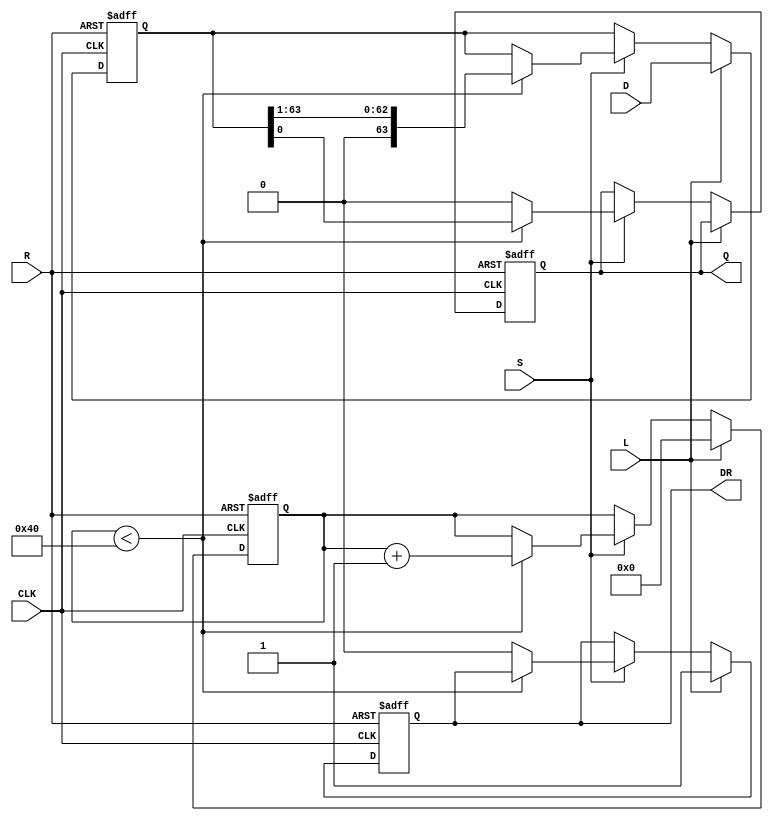
module PISO_Register (
    input wire [63:0] D,          // 64-bit data input
    input wire L,                 // Load signal
    input wire CLK,               // Clock signal
    input wire S,                 // Shift signal
    input wire R,                 // Reset signal
    output reg Q,                 // Serial output
    output reg DR                 // Data ready signal
);

    reg [63:0] SR;                // Shift Register
    reg [5:0] count;              // 6-bit counter to track bits shifted out

    always @(posedge CLK or posedge R) begin
        if (R) begin
            // Reset condition
            SR <= 64'b0;          // Clear the shift register
            Q <= 1'b0;            // Clear output
            count <= 6'b0;        // Reset counter
            DR <= 1'b0;           // Data ready reset
        end else if (L) begin
            // Load condition
            SR <= D;              // Load parallel data into shift register
            count <= 6'b0;        // Reset the counter
            DR <= 1'b1;           // Set data ready signal
        end else if (S) begin
            // Shift condition
            if (count < 64) begin
                Q <= SR[0];       // Output the least significant bit
                SR <= SR >> 1;    // Shift right
                count <= count + 1; // Increment shift counter
            end else begin
                Q <= 1'b0;         // If all bits are shifted out, output is idle
                DR <= 1'b0;        // Clear data ready signal
            end
        end
    end

endmodule